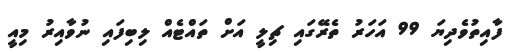
ފާއިތުވެދިޔަ 99 އަހަރު ތެރޭގައި ޗިލީ އަށް ތައްޓެއް ލިބިފައި ނުވާއިރު މިއީ